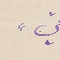
"ميّ"